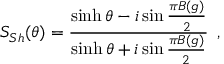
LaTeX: S _ { S h } ( \theta ) = \frac { \sinh \theta - i \sin \frac { \pi B ( g ) } { 2 } } { \sinh \theta + i \sin \frac { \pi B ( g ) } { 2 } } \, \, \, ,